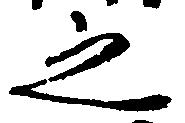
之